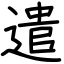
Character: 遣